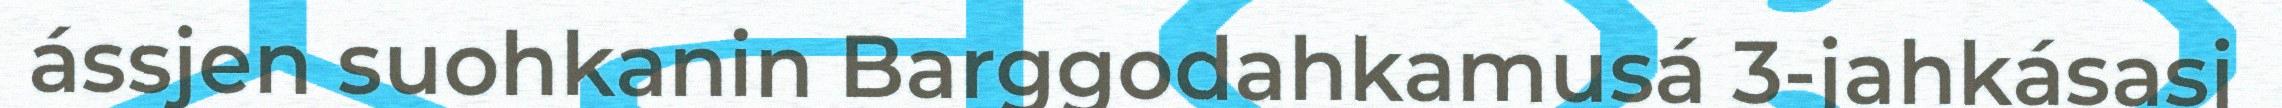
ássjen suohkanin Barggodahkamusá 3-jahkásasj